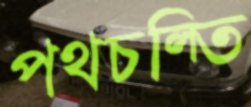
পথচল্‌তি